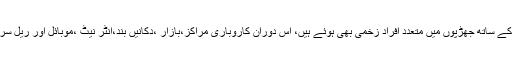
مختلف علاقوں میں مظاہرے ہوئے جبکہ طلبہ پر لاٹھی چارج کیاگیا،فورسز کے ساتھ جھڑپوں میں متعدد افراد زخمی بھی ہوئے ہیں، اس دوران کاروباری مراکز،بازار ،دکانیں بند،انٹر نیٹ ،موبائل اور ریل سروس معطل،پلوامہ میں غیر معینہ مدت کیلئے دفعہ144بھی نافذ کی گئی ہے۔